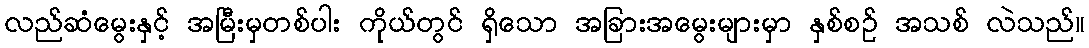
လည်ဆံမွေးနှင့် အမြီးမှတစ်ပါး ကိုယ်တွင် ရှိသော အခြားအမွေးများမှာ နှစ်စဉ် အသစ် လဲသည်။